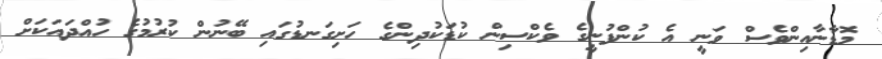
މޮޑާނާއިންވެސް ވަނީ އެ ކުންފުނީގެ ވެކްސިން ކުޑަކުދިންގެ ހަށިގަނޑުގައި ބޭނުން ކުރުމުގެ ހުއްދައަކަށް